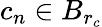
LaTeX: c_{n}\in B_{r_{c}}